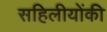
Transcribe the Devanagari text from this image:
सहिलीयोंकी